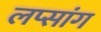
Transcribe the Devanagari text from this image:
लप्सांग